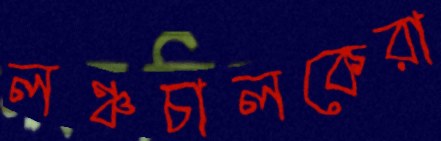
লঞ্চচালকেরা